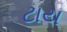
ટાય